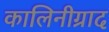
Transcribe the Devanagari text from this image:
कालिनीग्राद